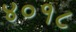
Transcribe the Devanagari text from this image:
४०१८